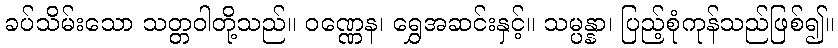
ခပ်သိမ်းသော သတ္တဝါတို့သည်။ ဝဏ္ဏေန၊ ရွှေအဆင်းနှင့်။ သမ္ပန္နာ၊ ပြည့်စုံကုန်သည်ဖြစ်၍။